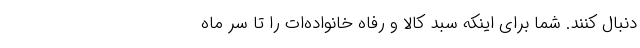
دنبال کنند. شما برای اینکه سبد کالا و رفاه خانواده‌ات را تا سر ماه